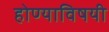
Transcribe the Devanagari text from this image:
होण्याविषयी